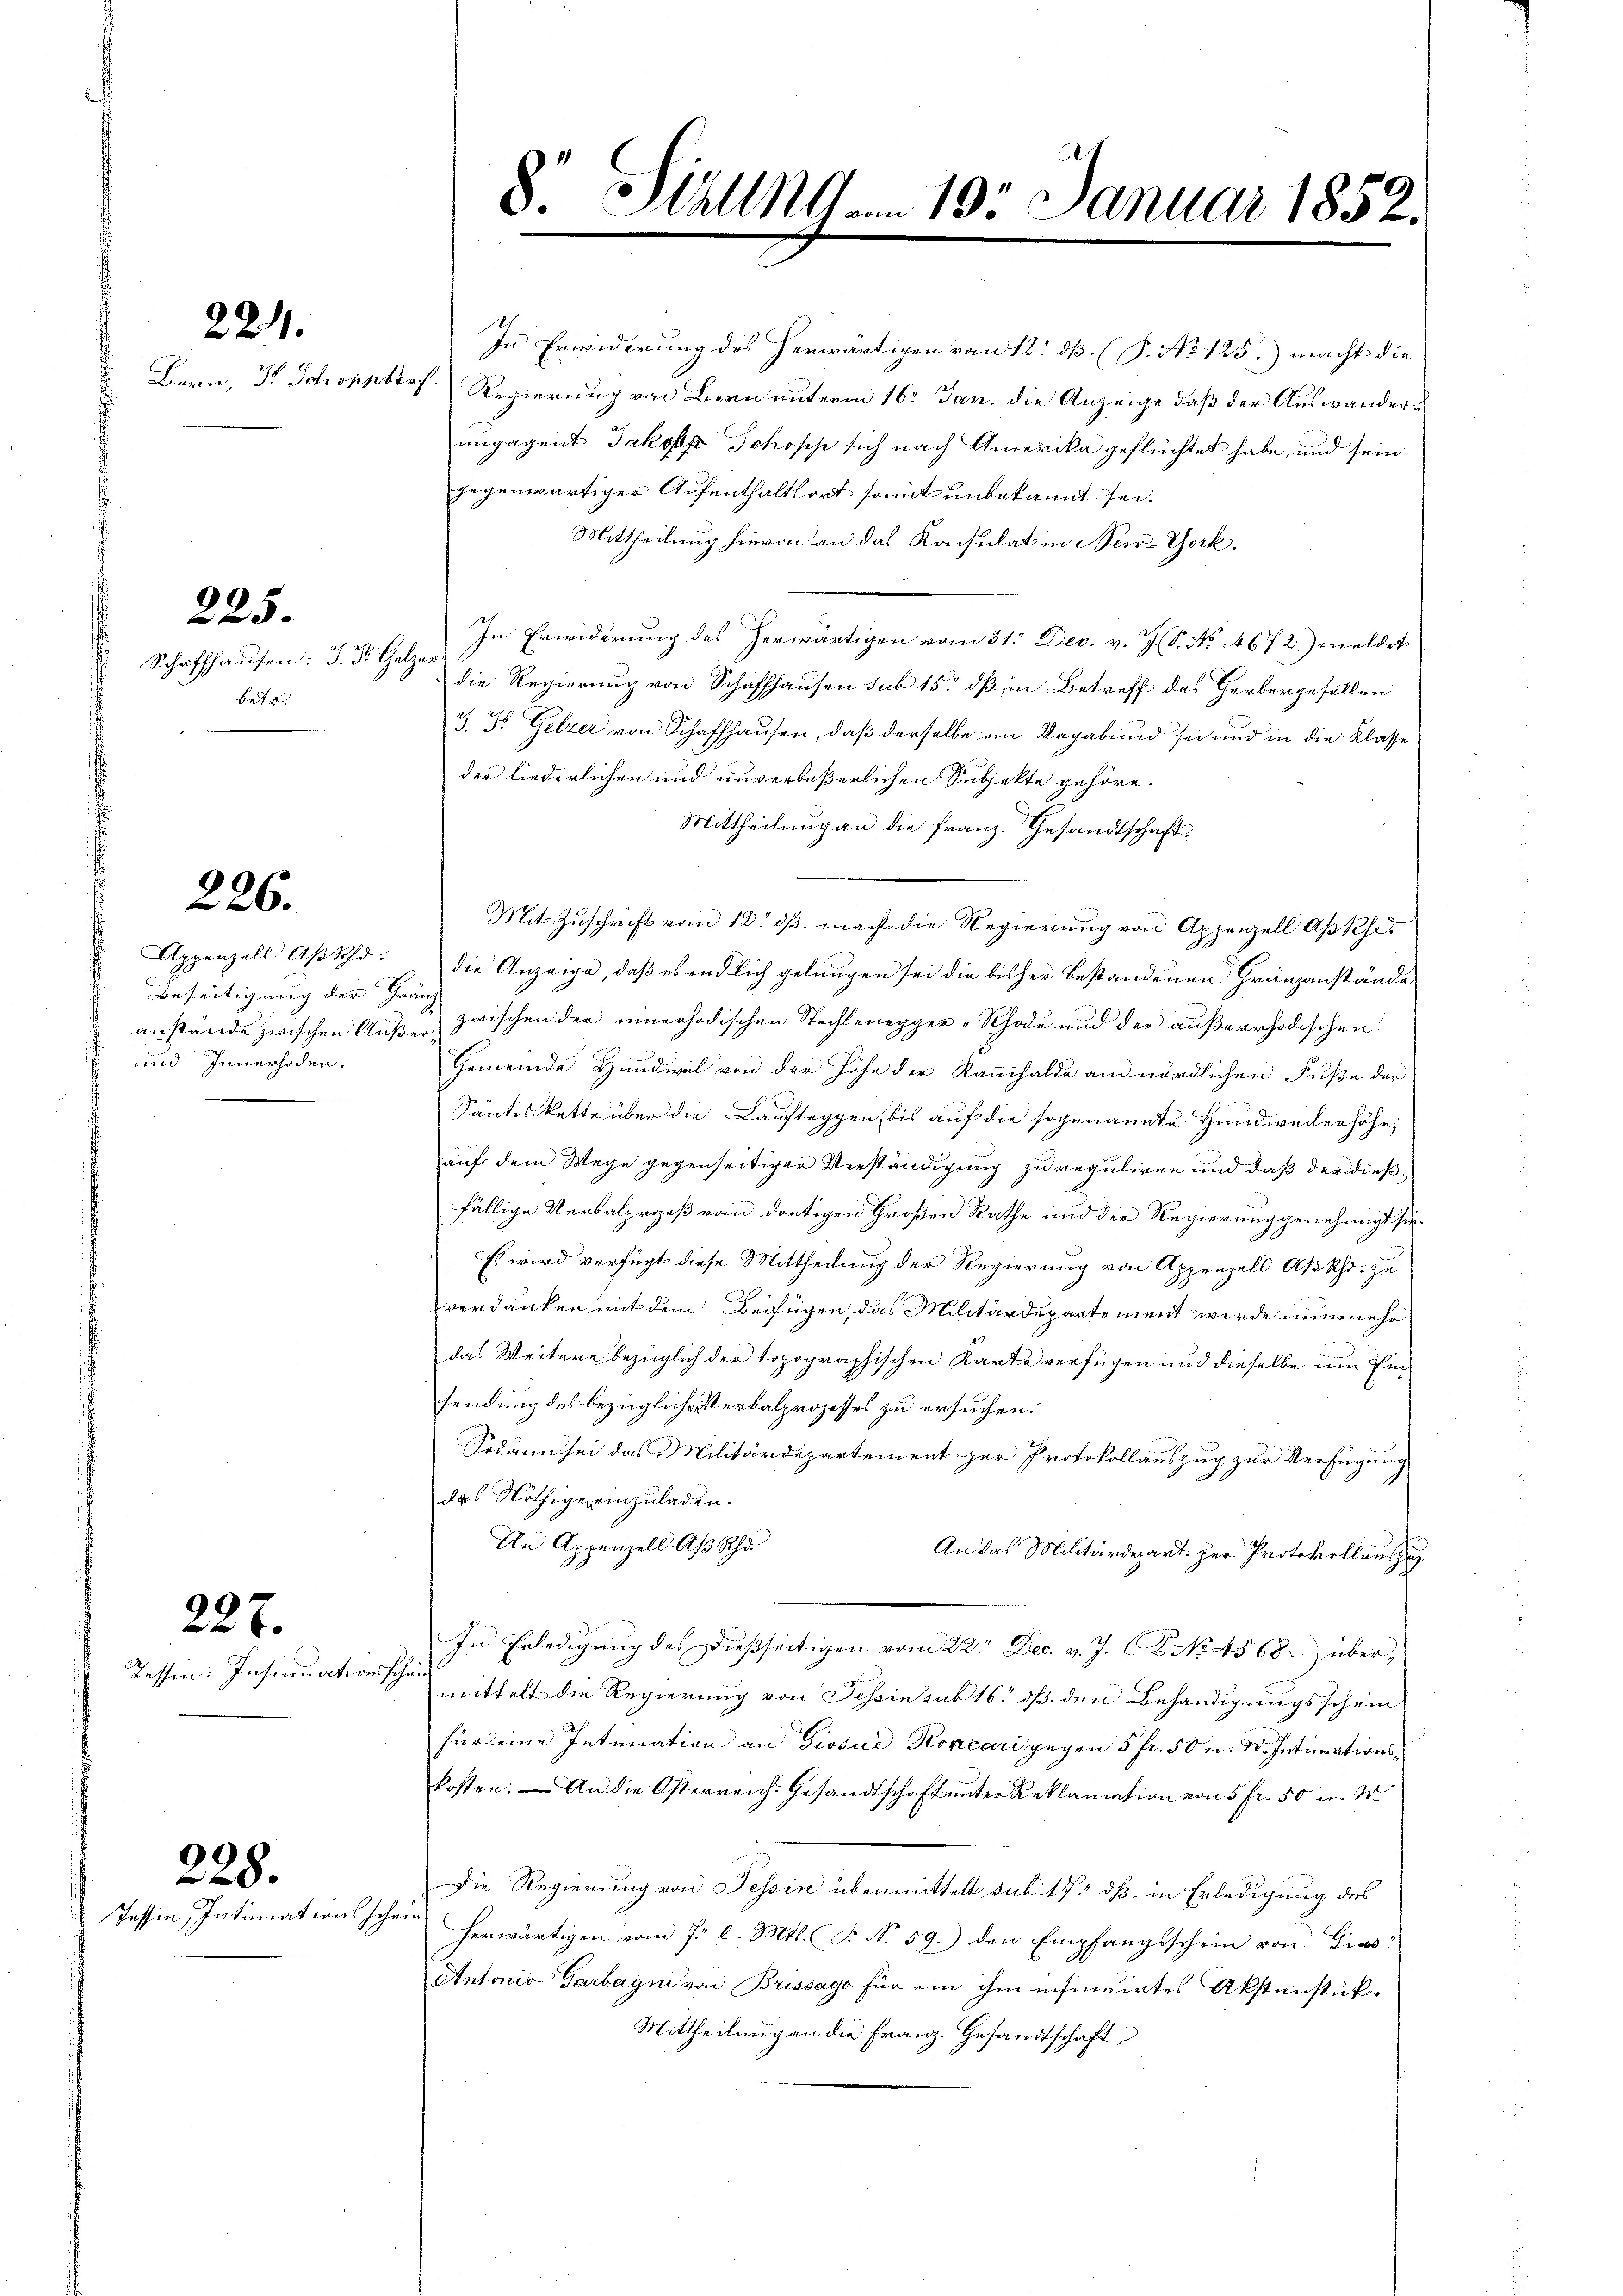
224.

Schaffhausen: J. St. Gelzer
bet.

225.

226.

¬
Beseitigung der Gränz
und Innerhoden.

Tessen: Insinuation schein

227.

228.

In Erwiderung des herwärtigen von 12. dß. (T. No 125.) macht die
Bern, Dr. Schönnbro Regierung von Bern unterm 16. Jan. die Anzeige, daß der Auswanderungagent Jakob Schosche sich nach Amerika geflüchtet habe, und sein
gegenwärtiger Aufenthaltsort somit unbekannt sei.
Mittheilung hievon an das Konsulat in New-York.
In Erwiderung des herwärtigen vom 31. Dec. v. J. (S. No. 4672) meldet
die Regierung von Schaffhausen sub 15. dß in Betreff des Herbergefällen
J. J. Gelzer von Schaffhausen, daß derselbe in Vagabund sei und in die Klasse
der liederlichen und unverbeßerlichen Subjekte gehöre.
Mittheilung an die Franz. Gesandtschaft
Mit Zuschrift vom 12. dß. macht die Regierung von Appenzell Apkhe¬
Appenzell Aβsch. die Anzeige, daß es endlich gelangen sei die bisher bestandenen Gränzanstände
anstände zwischen Auße zwischen der einerhodischen Stechtenegger-Rhode und der außerrhodischen
Gemeinde Handweil von der Höhe der Kammhalde am nördlichen Fuße der
Säntiskette über die Laufteggen, bis auf die sogenannte Hundweilerhöhe,
auf dem Wege gegenseitiger Verständigung zu reguliren und daß der dießfällige Verbalprozeß vom dortigen Großen Rathe und der Regierung genehmigt sie.
Es wird verfügt diese Mittheilung der Regierung von Appenzell Aßkhr. zu
verdanken mit dem Beifügen, das Militärdepartement werde nunmehr
das Weitere bezüglich der topographischen Karte verfügen und dieselbe um Eisendung des bezügliche Verbalprozesses zu ersuchen:
Sodann sei das Militärdepartement zur Protokollauszug zur Verfügung
das Nöthige einzuladen.
An Appenzell Aß Schr
An das Militärdepart. zur Protokollantz
In Erledigung des Dießseitigen vom 22. Dec. v. J. C. No. 4568.) übermittelt die Regierung von Schin sub 16 dß den Behändigungsschein
für eine Intimation an Dissue Koncari gegen 5 fr. 50 u. S. Intimationskosten. — An die Osterreich. Gesandtschaft unter Reklamation von 5 fr. 50 u. W
Die Regierung von Tessin übermittelt sub 175 dß. in Erledigung des
herwärtigen vom 7. l. Mts. (T. N. 59.) den Empfangsschein von Gies¬
Antonia Garbagni von Brissago für ein ihm insinuirtes Aktenstük¬
Mittheilung an die Franz. Gesandtschaft

Tessin, Intimationsschein

8. Stall19. 19. Januar 1852.
.